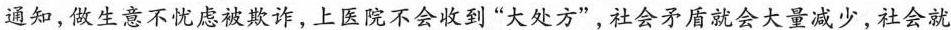
通知，做生意不忧虑被欺诈，上医院不会收到“大处方”，社会矛盾就会大量减少，社会就